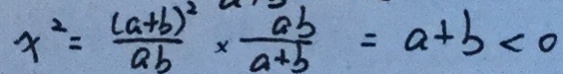
x ^ { 2 } = \frac { ( a + b ) ^ { 2 } } { a b } \times \frac { a b } { a + b } = a + b < 0